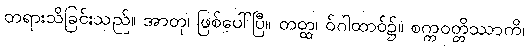
တရားသိခြင်းသည်။ အာတု၊ ဖြစ်ပေါ်ပြီ။ တတ္ထ၊ ဝ်ဂါထာဝ်၌။ စက္ကဝတ္တိဿာကိ၊